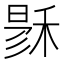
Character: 𥟙